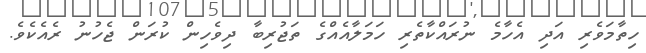
ހިތާމަވެރި އަދި އެހާމެ ނުރައްކާތެރި ހަމަލާއެއްގެ ތަޖުރިބާ ދިވެހިން ކުރަން ޖެހުނު ރެއެކެވެ.